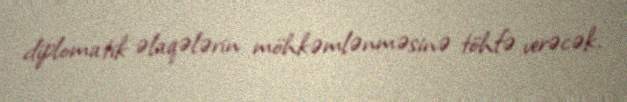
diplomatik əlaqələrin möhkəmlənməsinə töhfə verəcək.